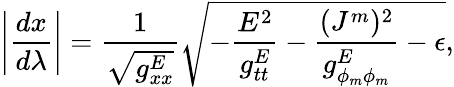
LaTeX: \left|{\frac{dx}{d\lambda}}\right|={\frac{1}{\sqrt{g_{xx}^{E}}}}\sqrt{-{\frac{E^{2}}{g_{tt}^{E}}}-{\frac{(J^{m})^{2}}{g_{\phi_{m}\phi_{m}}^{E}}}-\epsilon},